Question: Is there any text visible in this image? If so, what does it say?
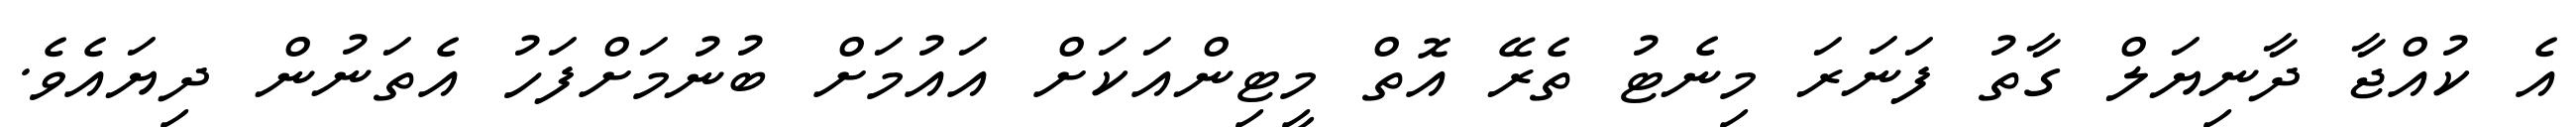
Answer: އެ ކުއްޖާ ދާނިޔަލް ގާތު ފަނަރަ މިނެޓު ތެރޭ އޮތް މީޓިންއަކަށް އައުމަށް ބުނުމަށްފަހު އެތަނުން ދިޔައެވެ.